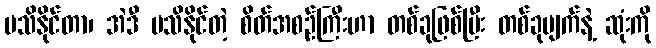
မသိနိုင်တာ၊ အဲဒီ မသိနိုင်တဲ့ စိတ်အစဉ်ကြီးဟာ တစ်ခုဖြစ်ပြီး တစ်ခုပျက်နဲ့ ဆုံးကို